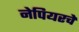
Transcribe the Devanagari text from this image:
नेपियरचे